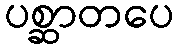
ပစ္ဆာတပေ